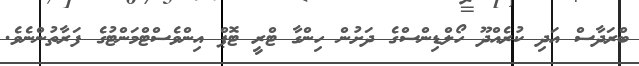
ބްރަދާސް އަދި ކުރެއްދޫ ހޯލްޑިންސްގެ ދަށުން ހިންގާ ޓްރީ ޓޮޕް އިންވެސްޓްމަންޓުގެ ފަރާތުންނެވެ.